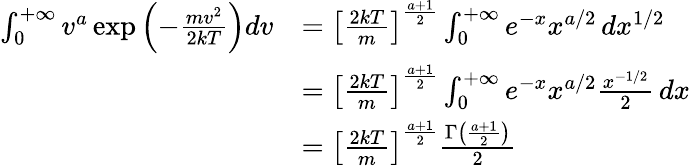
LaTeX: {\begin{array}{rl}{\int_{0}^{+\infty}v^{a}\exp\left(-{\frac{mv^{2}}{2kT}}\right)dv}&{=\left[{\frac{2kT}{m}}\right]^{\frac{a+1}{2}}\int_{0}^{+\infty}e^{-x}x^{a/2}\, dx^{1/2}}\\ &{=\left[{\frac{2kT}{m}}\right]^{\frac{a+1}{2}}\int_{0}^{+\infty}e^{-x}x^{a/2}{\frac{x^{-1/2}}{2}}\, dx}\\ &{=\left[{\frac{2kT}{m}}\right]^{\frac{a+1}{2}}{\frac{\Gamma\left({\frac{a+1}{2}}\right)}{2}}}\end{array}}